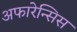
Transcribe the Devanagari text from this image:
अफारेन्सिस